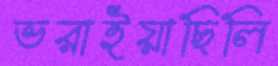
ভরাইয়াছিলি